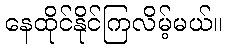
နေထိုင်နိုင်ကြလိမ့်မယ်။